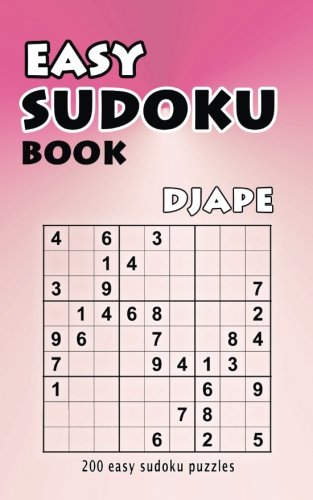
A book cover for Easy Sudoku book: 200 easy sudoku puzzles (Volume 1); Djape; Humor & Entertainment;